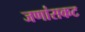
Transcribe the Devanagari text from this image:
जणांसकट